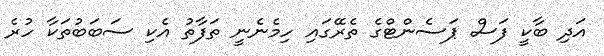
އަދި ބާކީ ފަސް ޕަސެންޓްގެ ތެރޭގައި ހިމެނެނީ ތަފާތު އެކި ސަބަބުތަކާ ހުރެ